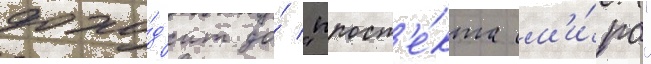
дохо́д'ит до́ "просп'е́кта м'и́ра"